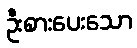
ဦးစားပေးသော